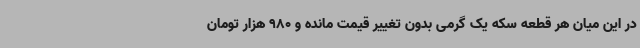
در این میان هر قطعه سکه یک گرمی بدون تغییر قیمت مانده و 980 هزار تومان